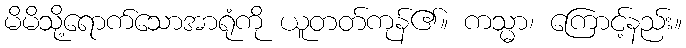
မိမိသို့ရောက်သောအာရုံကို ယူတတ်ကုန်၏။ ကသ္မာ၊ ကြောင့်နည်း။